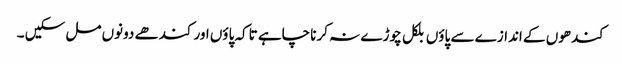
کندھوں کے اندازے سے پاؤں بلکل چوڑے نہ کرنا چاہے تاکہ پاؤں اور کندھے دونوں مل سکیں ۔